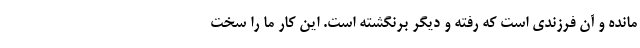
مانده و آن فرزندی است که رفته و دیگر برنگشته است. این کار ما را سخت‌